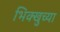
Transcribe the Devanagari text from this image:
भिक्खुच्या